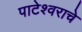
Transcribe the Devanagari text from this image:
पाटेश्वराचे